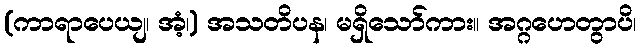
(ကာရာပေယျ၊ အံ့၊) အသတိပန၊ မရှိသော်ကား။ အဂ္ဂဟေတွာပိ၊